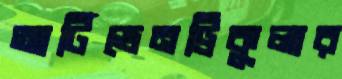
আর্টিভেনট্রিকুলার